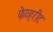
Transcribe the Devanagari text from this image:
फेव्हरीट